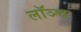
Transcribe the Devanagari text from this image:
लॉञ्च